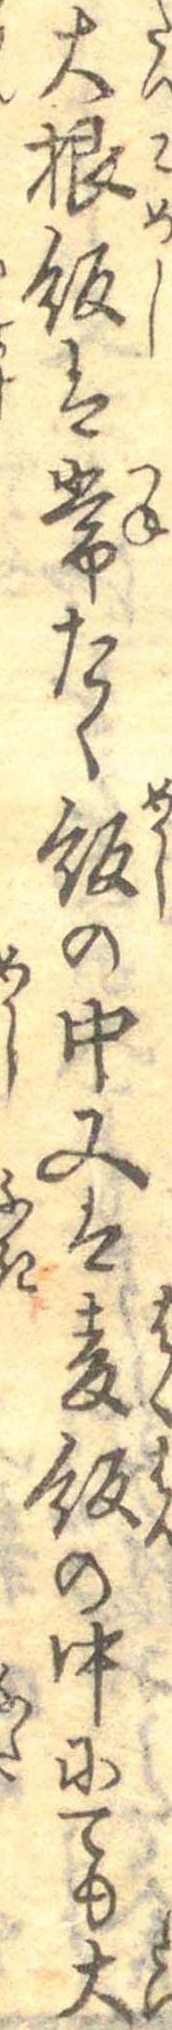
大根飯は常たく飯の中又は麦飯の中にても大